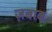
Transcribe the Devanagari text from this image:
ज़बाब